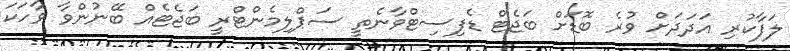
ލަފާކުރި އަދަދަށް ވުރެ ބޮޑަށް ބަޖެޓް ޑެފިސިޓްވާނެތީ ސަޕްލިމެންޓްރީ ބަޖެޓެއް ބޭނުންވާ ވާހަކަ